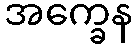
အက္ခေန